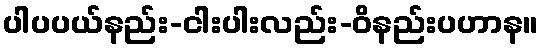
ပါပပယ်နည်း-ငါးပါးလည်း-ဝိနည်းပဟာန။